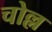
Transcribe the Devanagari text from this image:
चोल्ल